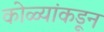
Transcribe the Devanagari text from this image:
कोळ्यांकडून